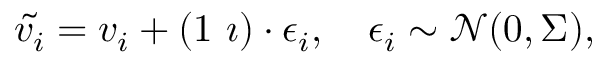
\begin{array} { r } { \tilde { v _ { i } } = v _ { i } + ( 1 \ \i ) \cdot \epsilon _ { i } , \quad \epsilon _ { i } \sim \mathcal { N } ( 0 , \Sigma ) , } \end{array}